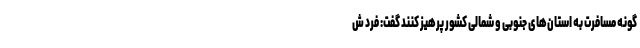
گونه مسافرت به استان‌های جنوبی و شمالی کشور پرهیز کنند گفت: فرد ش